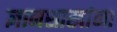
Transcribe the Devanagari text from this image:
ज्ञानशाखांना